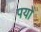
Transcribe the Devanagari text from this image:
पयो